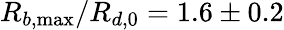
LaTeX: R_{b,\operatorname*{max}}/R_{d,0}=1.6\pm 0.2